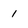
Character: 1